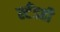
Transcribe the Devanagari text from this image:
स्टँडही